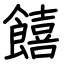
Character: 饎